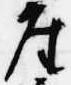
座